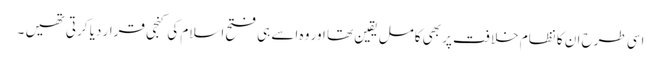
اسی طرح ان کا نظام خلافت پر بھی کامل یقین تھا اور وہ اسے ہی فتح اسلام کی کنجی قرار دیا کرتی تھیں ۔